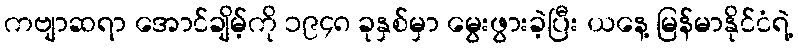
ကဗျာဆရာ အောင်ချိမ့်ကို ၁၉၄၈ ခုနှစ်မှာ မွေးဖွားခဲ့ပြီး ယနေ့ မြန်မာနိုင်ငံရဲ့